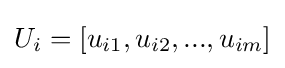
U_{i}=[u_{i1},u_{i2},...,u_{im}]